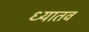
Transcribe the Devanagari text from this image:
ध्यातव